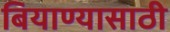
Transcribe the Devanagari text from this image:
बियाण्यासाठी